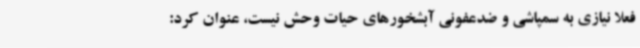
فعلا نیازی به سمپاشی و ضدعفونی آبشخورهای حیات وحش نیست، عنوان کرد: